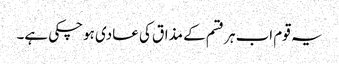
یہ قوم اب ہر قسم کے مذاق کی عادی ہوچکی ہے۔